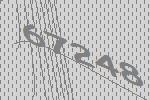
67248